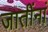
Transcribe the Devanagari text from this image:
जातींनां